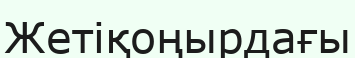
Жетіқоңырдағы